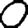
Digit: 0